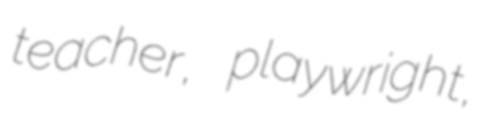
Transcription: teacher, playwright,